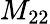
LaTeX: M_{22}